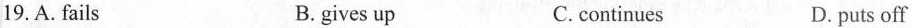
19.A.fails B. gives up C.continues D.puts off